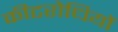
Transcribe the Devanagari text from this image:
कीटरोधियों